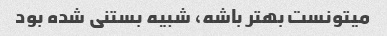
میتونست بهتر باشه، شبیه بستنی شده بود